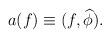
LaTeX: \begin{align*}a(f) \equiv (f,\widehat\phi).\end{align*}